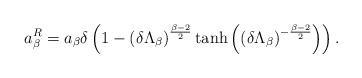
LaTeX: \begin{align*}a_{\beta}^R &= a_{\beta}\delta\left(1- \left(\delta\Lambda_{\beta}\right)^{\frac{\beta-2}{2}}\tanh\left(\left(\delta\Lambda_{\beta}\right)^{-\frac{\beta-2}{2}}\right)\right).\end{align*}